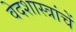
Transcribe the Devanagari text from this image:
वेदशास्त्रांचें